Vaccination in Bombay 1863-1868 - 1863-1868
Year: 1863
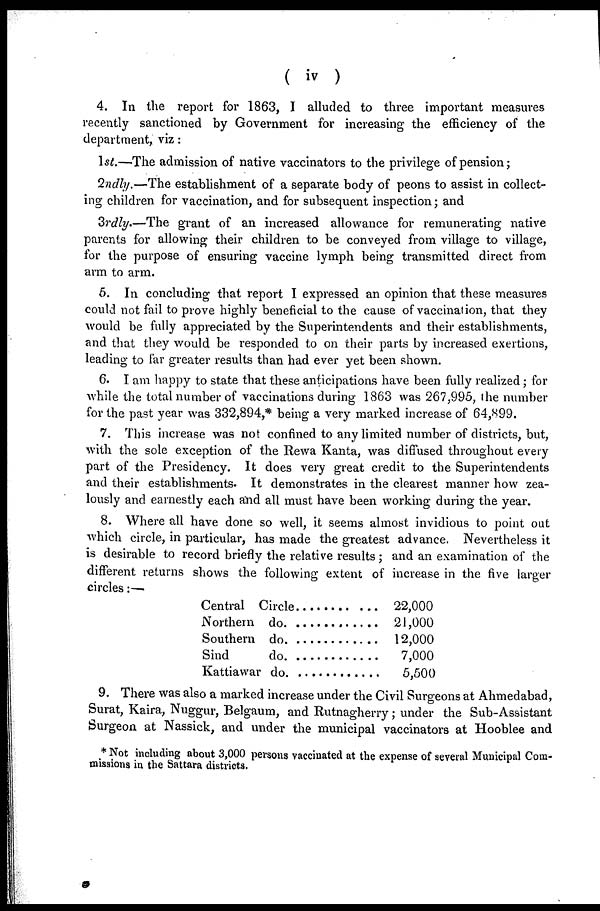
( iv )
4. In the report for 1863, I alluded to three important measures
recently sanctioned by Government for increasing the efficiency of the
department, viz:
1st.—The admission of native vaccinators to the privilege of pension;
2ndly.—The establishment of a separate body of peons to assist in collect-
ing children for vaccination, and for subsequent inspection; and
3rdly.—The grant of an increased allowance for remunerating native
parents for allowing their children to be conveyed from village to village,
for the purpose of ensuring vaccine lymph being transmitted direct from
arm to arm.
5. In concluding that report I expressed an opinion that these measures
could not fail to prove highly beneficial to the cause of vaccination, that they
would be fully appreciated by the Superintendents and their establishments,
and that they would be responded to on their parts by increased exertions,
leading to far greater results than had ever yet been shown.
6. I am happy to state that these anticipations have been fully realized; for
while the total number of vaccinations during 1863 was 267,995, the number
for the past year was 332,894,* being a very marked increase of 64,899.
7. This increase was not confined to any limited number of districts, but,
with the sole exception of the Rewa Kanta, was diffused throughout every
part of the Presidency. It does very great credit to the Superintendents
and their establishments. It demonstrates in the clearest manner how zea-
lously and earnestly each and all must have been working during the year.
8. Where all have done so well, it seems almost invidious to point out
which circle, in particular, has made the greatest advance. Nevertheless it
is desirable to record briefly the relative results ; and an examination of the
different returns shows the following extent of increase in the five larger
circles:—
Central Circle . . . . . . . . . . .
Northern do. . . . . . . . . . . .
Southern do. . . . . . . . . . . .
Sind do. . . . . . . . . . . .
Kattiawar do. . . . . . . . . . . .
22,000
21,000
12,000
7,000
5,500
9. There was also a marked increase under the Civil Surgeons at Ahmedabad,
Surat, Kaira, Nuggur, Belgaum, and Rutnagherry; under the Sub-Assistant
Surgeon at Nassick, and under the municipal vaccinators at Hooblee and
* Not including about 3,000 persons vaccinated at the expense of several Municipal Com-
missions in the Sattara districts.